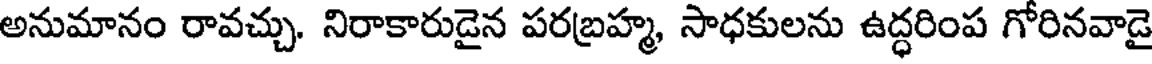
అనుమానం రావచ్చు. నిరాకారుడైన పరబ్రహ్మ, సాధకులను ఉద్ధరింప గోరినవాడై